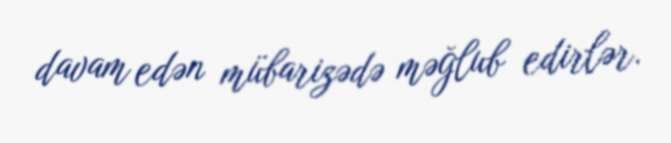
davam edən mübarizədə məğlub edirlər.